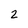
Character: 2